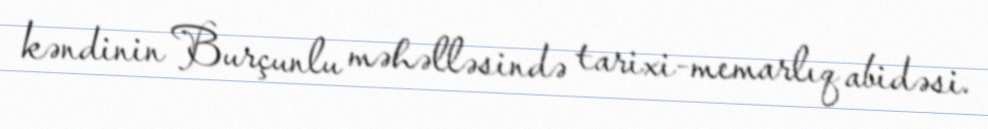
kəndinin Burçunlu məhəlləsində tarixi-memarlıq abidəsi.